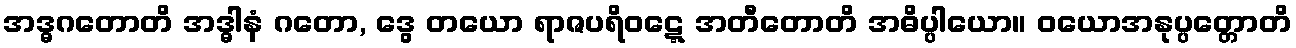
အဒ္ဓဂတောတိ အဒ္ဓါနံ ဂတော, ဒွေ တယော ရာဇပရိဝဋ္ဋေ အတီတောတိ အဓိပ္ပါယော။ ဝယောအနုပ္ပတ္တောတိ